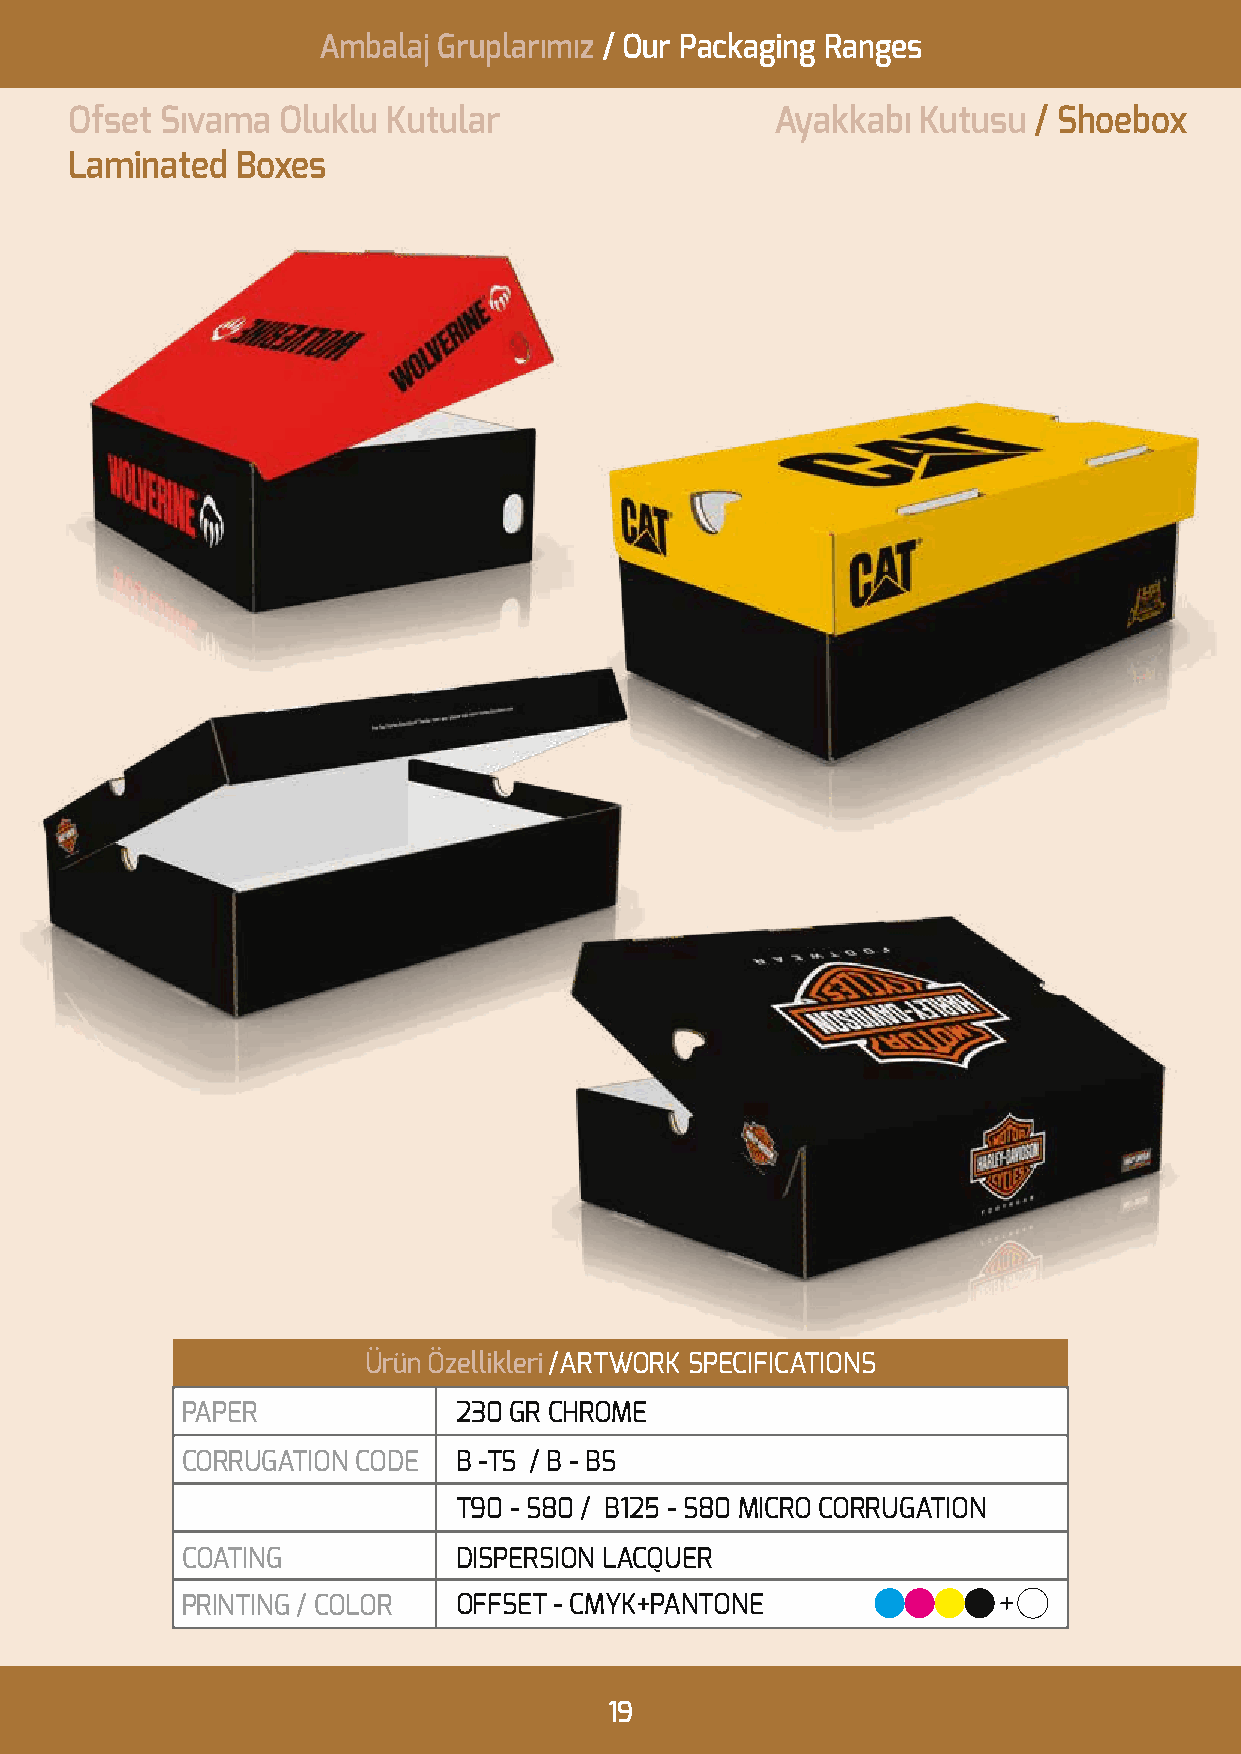
Ambalaj Gruplarımız / Our Packaging Ranges
 Ofset Sıvama  Oluklu Kutular                  Ayakkabı  Kutusu / Shoebox
 Laminated  Boxes
 Ürün Özellikleri /ARTWORK SPECIFICATIONS
 PAPER             230 GR CHROME
 CORRUGATION CODE  B -TS / B - BS
 T90 - S80 / B125 - S80 MICRO CORRUGATION
 COATING           DISPERSION LACQUER
 PRINTING / COLOR  OFFSET - CMYK+PANTONE
 19